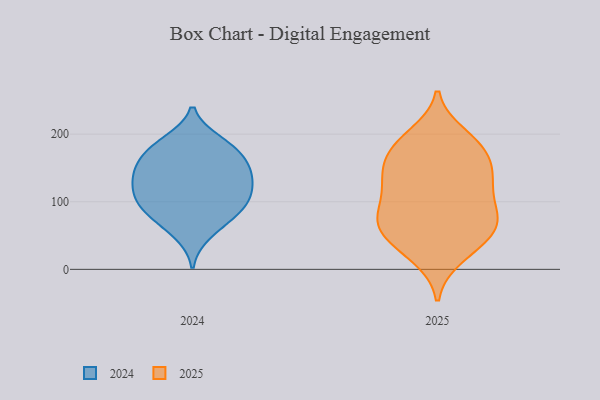
{"axis": {"x": "LTV (USD)", "y": "Value"}, "legend": ["2024", "2025"], "data": [{"x": "", "y": 181, "type": "2024"}, {"x": "", "y": 115, "type": "2024"}, {"x": "", "y": 52, "type": "2024"}, {"x": "", "y": 184, "type": "2024"}, {"x": "", "y": 105, "type": "2024"}, {"x": "", "y": 134, "type": "2024"}, {"x": "", "y": 70, "type": "2024"}, {"x": "", "y": 160, "type": "2024"}, {"x": "", "y": 143, "type": "2024"}, {"x": "", "y": 162, "type": "2024"}, {"x": "", "y": 85, "type": "2024"}, {"x": "", "y": 94, "type": "2024"}, {"x": "", "y": 131, "type": "2024"}, {"x": "", "y": 89, "type": "2024"}, {"x": "", "y": 190, "type": "2024"}, {"x": "", "y": 115, "type": "2024"}, {"x": "", "y": 149, "type": "2024"}, {"x": "", "y": 169, "type": "2025"}, {"x": "", "y": 96, "type": "2025"}, {"x": "", "y": 139, "type": "2025"}, {"x": "", "y": 136, "type": "2025"}, {"x": "", "y": 137, "type": "2025"}, {"x": "", "y": 181, "type": "2025"}, {"x": "", "y": 198, "type": "2025"}, {"x": "", "y": 19, "type": "2025"}, {"x": "", "y": 85, "type": "2025"}, {"x": "", "y": 53, "type": "2025"}, {"x": "", "y": 73, "type": "2025"}, {"x": "", "y": 29, "type": "2025"}, {"x": "", "y": 71, "type": "2025"}, {"x": "", "y": 176, "type": "2025"}, {"x": "", "y": 135, "type": "2025"}, {"x": "", "y": 45, "type": "2025"}, {"x": "", "y": 63, "type": "2025"}, {"x": "", "y": 187, "type": "2025"}, {"x": "", "y": 119, "type": "2025"}, {"x": "", "y": 72, "type": "2025"}]}